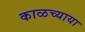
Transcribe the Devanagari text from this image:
काळच्याया